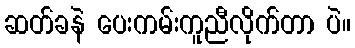
ဆတ်ခနဲ ပေးကမ်းကူညီလိုက်တာ ပဲ။